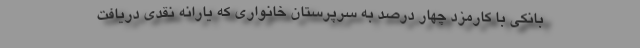
بانکی با کارمزد چهار درصد به سرپرستان خانواری که یارانه نقدی دریافت